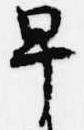
早